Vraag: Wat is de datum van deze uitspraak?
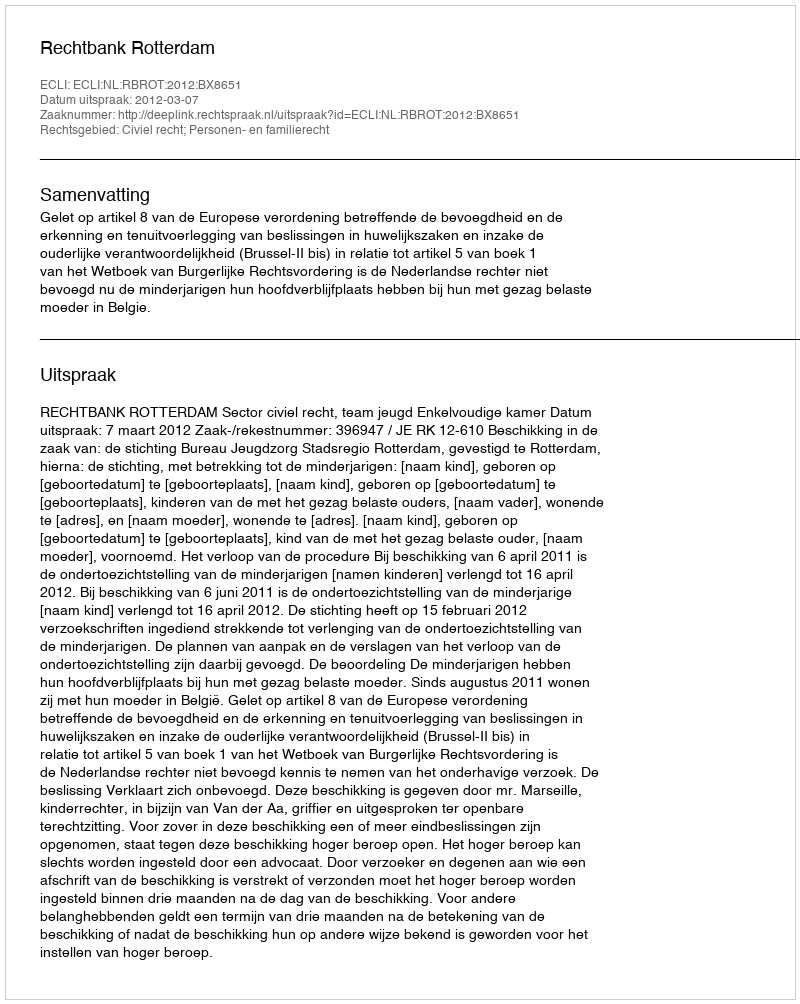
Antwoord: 2012-03-07